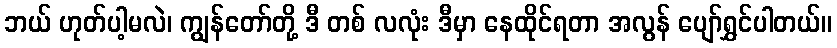
ဘယ် ဟုတ်ပါ့မလဲ၊ ကျွန်တော်တို့ ဒီ တစ် လလုံး ဒီမှာ နေထိုင်ရတာ အလွန် ပျော်ရွှင်ပါတယ်။